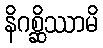
နိဂစ္ဆိဿာမိ